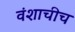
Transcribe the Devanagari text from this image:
वंशाचीच